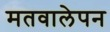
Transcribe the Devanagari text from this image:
मतवालेपन